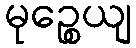
မုဉ္စေယျ